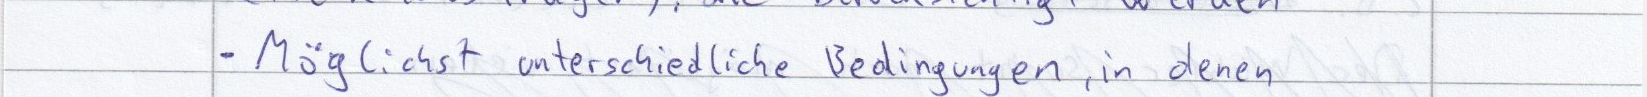
- Möglichst unterschiedliche Bedingungen, in denen